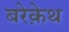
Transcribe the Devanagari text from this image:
बरेक़ेथ